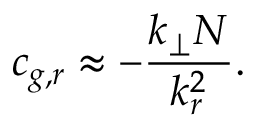
c _ { g , r } \approx - \frac { k _ { \perp } N } { k _ { r } ^ { 2 } } .